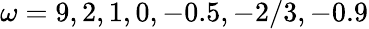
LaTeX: \omega=9,2,1,0,-0.5,-2/3,-0.9